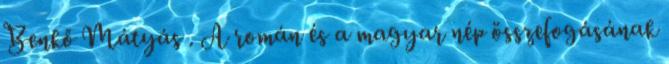
Benkő Mátyás . A román és a magyar nép összefogásának